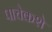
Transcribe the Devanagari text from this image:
पाचेकशे